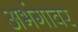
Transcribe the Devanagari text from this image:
अभंगावर